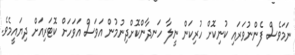
ނަމަވެސް ފެންނުވަރައި ކުނިކޮށް ހުރިކަން ނީލާ ހަނދާންކޮށްދިނުމުން އަވަސް އަވަހަށް ކޮޓަރިއަށް ދިޔައީމެވެ.